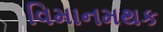
વિમાનમથક